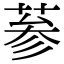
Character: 𦲞